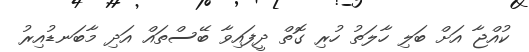
ކުއްޖާ އަށް ބަލި ހާލަތު ހުރި ގޮތް ދީފައިވާ ބޭސްތައް އަދި މާބަނޑުއިރު